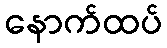
နောက်ထပ်